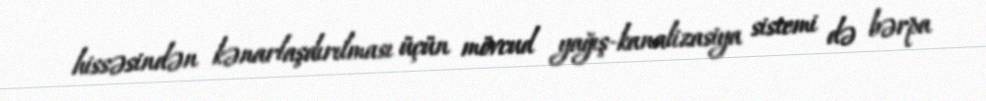
hissəsindən kənarlaşdırılması üçün mövcud yağış-kanalizasiya sistemi də bərpa